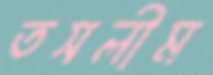
তসলীম